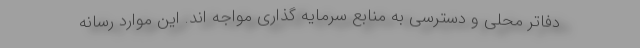
دفاتر محلی و دسترسی به منابع سرمایه گذاری مواجه اند. این موارد رسانه